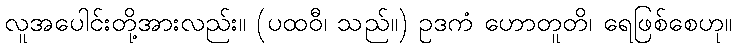
လူအပေါင်းတို့အားလည်း။ (ပထဝီ၊ သည်။) ဥဒကံ ဟောတူတိ၊ ရေဖြစ်စေဟု။